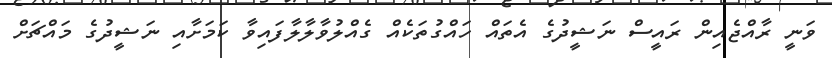
ވަނީ ރާއްޖެއިން ރައީސް ނަޝީދުގެ އެތައް ހައްގުތަކެއް ގެއްލުވާލާލާފައިވާ ކަމަށާއި ނަޝީދުގެ މައްޗަށް